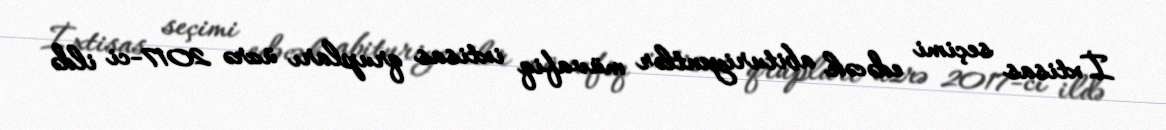
İxtisas seçimi edəcək abituriyentlər müvafiq ixtisas qrupları üzrə 2017-ci ildə